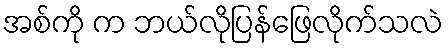
အစ်ကို က ဘယ်လိုပြန်ဖြေလိုက်သလဲ